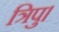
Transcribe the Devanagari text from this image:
त्रिपु।